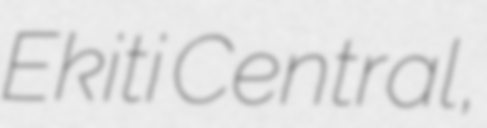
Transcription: Ekiti Central,